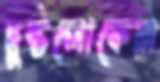
দুষ্টলোকেরা